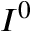
I ^ { 0 }